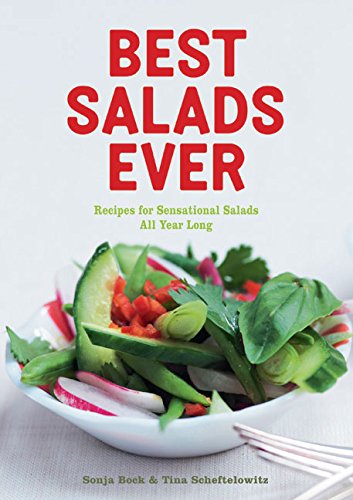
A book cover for Best Salads Ever; Sonja Bock; Cookbooks, Food & Wine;